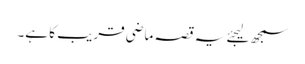
سمجھ لیجئے یہ قصہ ماضی قریب کا ہے۔